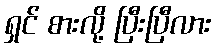
ရှင် စားလို့ ပြီးပြီလား